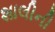
શાલીની